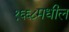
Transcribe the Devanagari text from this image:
१६६८मधील